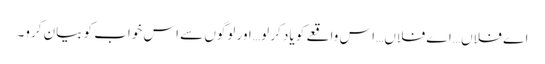
اے فلاں… اے فلاں… اس واقعے کو یاد کر لو… اور لوگوں سے اس خواب کو بیان کرو۔